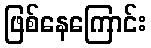
ဖြစ်နေကြောင်း